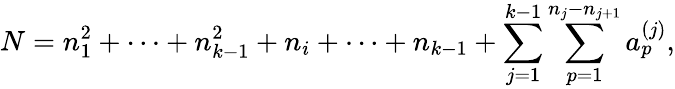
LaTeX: N=n_{1}^{2}+\cdots+n_{k-1}^{2}+n_{i}+\cdots+n_{k-1}+\sum_{j=1}^{k-1}\sum_{p=1}^{n_{j}-n_{j+1}}a_{p}^{(j)},